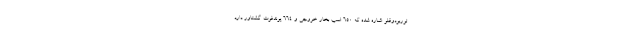
توربودوقلو اشاره شده که 650 اسب بخار خروجی و 664 پوندفوت گشتاور دارد.